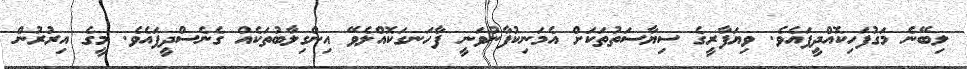
ލިބޭނެ މަގުފަހިކޮއްދީފައެވެ. ވިޔަފާރީގެ ސިޔާސަތުތަކަށް އެމަނިކުފާނުވަނީ ފާހަނގަކޮއްލެވޭ އިންގިލާބުތަކެއް ގެނެސްދީފައެވެ. މީގެ އިރުރުން